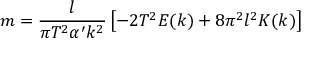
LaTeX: m = \frac { l } { \pi T ^ { 2 } \alpha ^ { \prime } k ^ { 2 } } \left[ - 2 T ^ { 2 } E ( k ) + 8 \pi ^ { 2 } l ^ { 2 } K ( k ) \right]